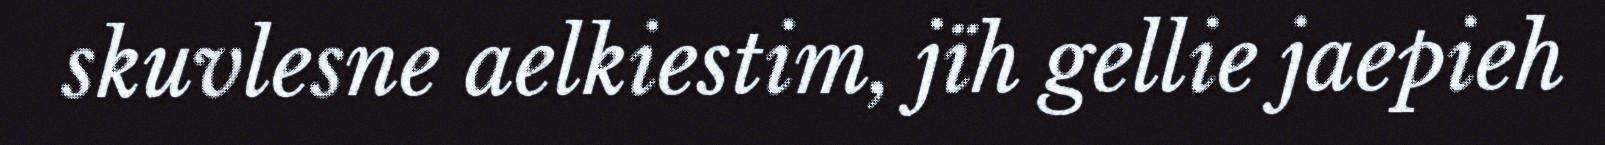
skuvlesne aelkiestim, jïh gellie jaepieh